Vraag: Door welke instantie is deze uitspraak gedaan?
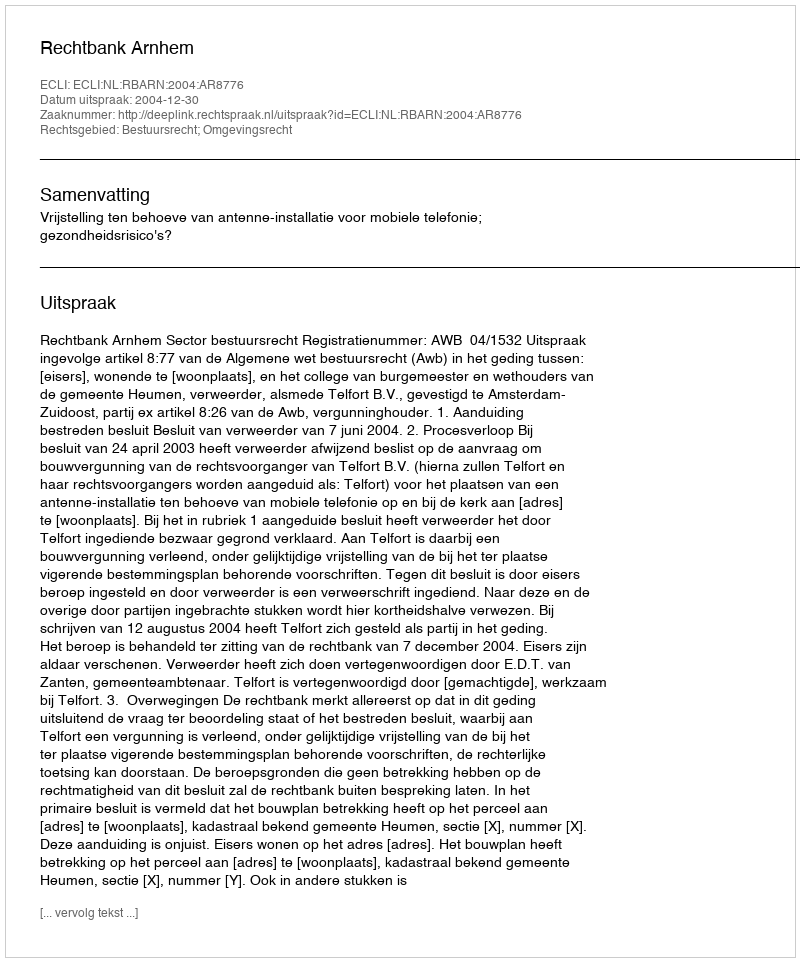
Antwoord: Rechtbank Arnhem